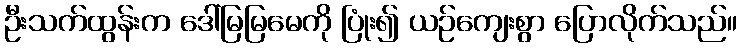
ဦးသက်ထွန်းက ဒေါ်မြမြမေကို ပြုံး၍ ယဉ်ကျေးစွာ ပြောလိုက်သည်။